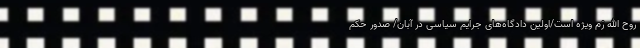
روح‌ الله زم ویژه است/اولین دادگاه‌های جرایم سیاسی در آبان/ صدور حکم